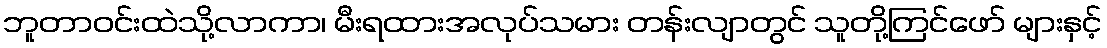
ဘူတာဝင်းထဲသို့လာကာ၊ မီးရထားအလုပ်သမား တန်းလျာတွင် သူတို့ကြင်ဖော် များနှင့်